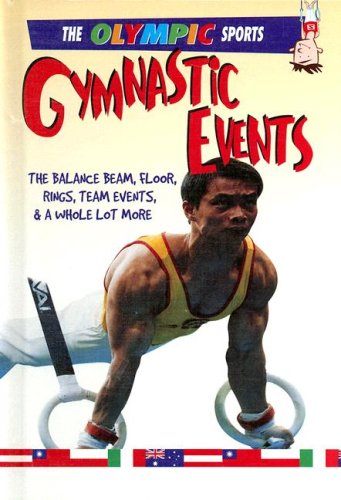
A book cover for Gymnastic Events (The Olympic Sports); Jason Page; Children's Books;